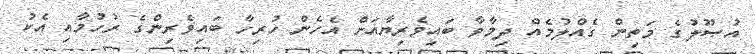
އުޞޫލުގެ މަތިން ގެއްލުމެއް ދިމާވާ ބައިވެރިޔާއަށް އެހެން ހުރިހާ ބައިވެރިންގެ ރުހުމާއި އެކު